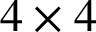
4 \times 4